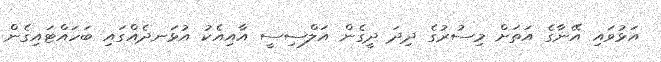
އަޅުވައި އޭނާގެ އަތަށް މިސުރުގެ ދިދަ ދީގެން އަލްސިސީ އާއިއެކު އުޅަނދެއްގައި ބަހައްޓައިގެން